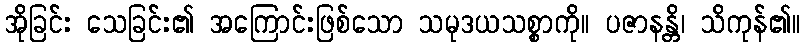
အိုခြင်း သေခြင်း၏ အကြောင်းဖြစ်သော သမုဒယသစ္စာကို။ ပဇာနန္တိ၊ သိကုန်၏။